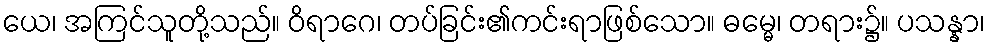
ယေ၊ အကြင်သူတို့သည်။ ဝိရာဂေ၊ တပ်ခြင်း၏ကင်းရာဖြစ်သော။ ဓမ္မေ၊ တရား၌။ ပသန္နာ၊